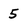
Character: 5